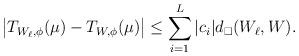
LaTeX: \begin{align*}\big| T_{W_\ell,\phi}(\mu)- T_{W,\phi}(\mu)\big|\le \sum_{i=1}^L|c_i| d_\square(W_\ell,W).\end{align*}